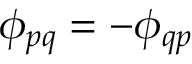
\phi _ { p q } = - \phi _ { q p }